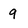
Character: 9